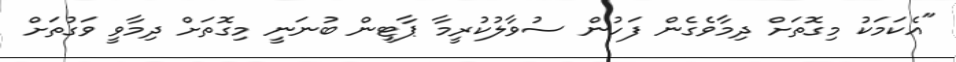
"އެކަމަކު މިގޮތަށް ދިމާވެގެން ފަހުން ސުވާލުކުރީމާ ޕާޓީން ބުނަނީ މިގޮތަށް ދިމާވީ ވަގުތަށް